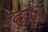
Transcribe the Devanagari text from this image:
उदोस्थि